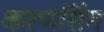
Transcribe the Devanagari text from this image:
करणसिंग